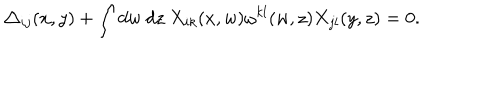
\triangle _ { i j } ( x , y ) + \int d w ~ d z ~ X _ { i k } ( x , w ) \omega ^ { k l } ( w , z ) X _ { j l } ( y , z ) = 0 .